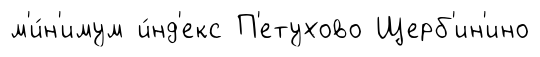
м'и́н'имум и́нд'екс П'етухово Щерб'ин'ино